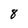
Character: 8